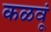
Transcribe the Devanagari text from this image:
कळवूं